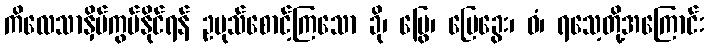
ကိလေသာနှိပ်ကွပ်နိုင်ရန် ဥပုသ်စောင့်ကြသော ခို၊ မြွေ၊ မြေခွေး၊ ဝံ၊ ရသေ့တို့အကြောင်း